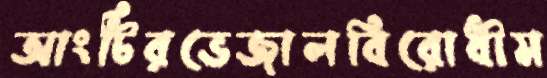
আংটিরভেজালবিরোধীম